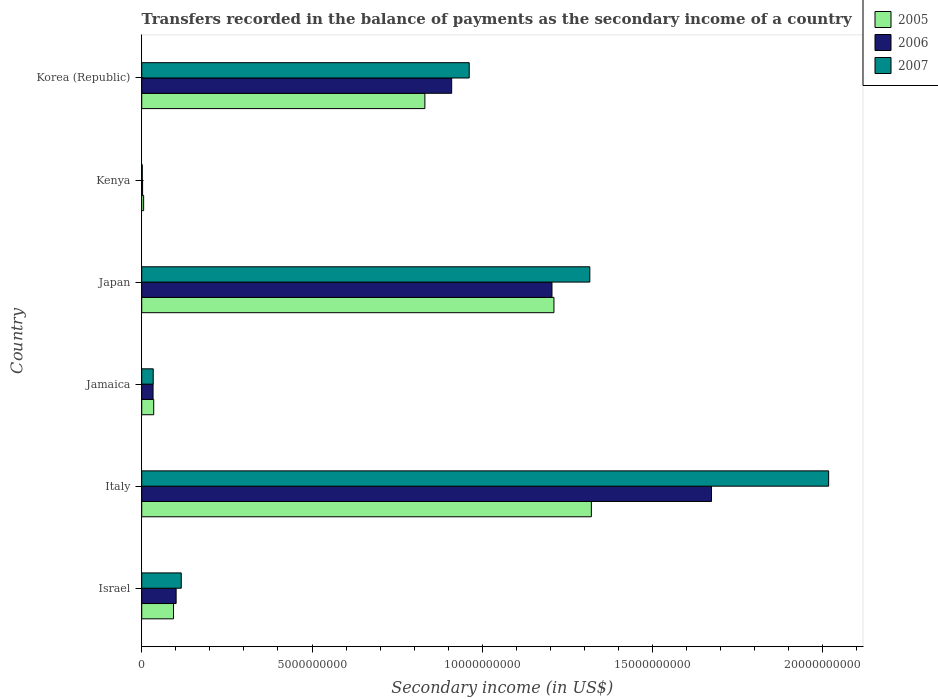
| Country | 2005 | 2006 | 2007 |
 | --- | --- | --- | --- |
 | Israel | 9.34e+08 | 1.01e+09 | 1.16e+09 |
 | Italy | 1.32e+10 | 1.67e+10 | 2.02e+10 |
 | Jamaica | 3.52e+08 | 3.33e+08 | 3.37e+08 |
 | Japan | 1.21e+10 | 1.2e+10 | 1.32e+10 |
 | Kenya | 5.64e+07 | 2.54e+07 | 1.64e+07 |
 | Korea (Republic) | 8.31e+09 | 9.1e+09 | 9.62e+09 |